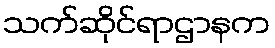
သက်ဆိုင်ရာဌာနက